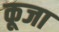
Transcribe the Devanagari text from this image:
कूजा